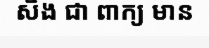
សឹង ជា ពាក្យ មាន